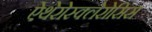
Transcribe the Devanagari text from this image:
ऐथेरोस्क्लेरोसिस